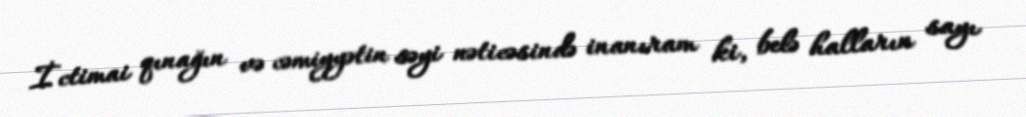
İctimai qınağın və cəmiyyətin səyi nəticəsində inanıram ki, belə halların sayı